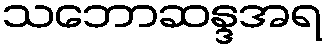
သဘောဆန္ဒအရ